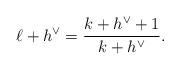
LaTeX: \begin{align*}\ell+h^{\vee}=\frac{k+h^{\vee}+1}{k+h^{\vee}}.\end{align*}